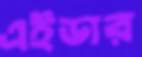
এইডার